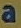
a